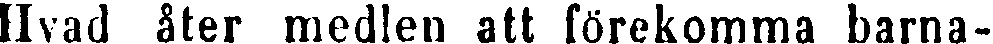
Hvad åter medlen att förekomma barna-